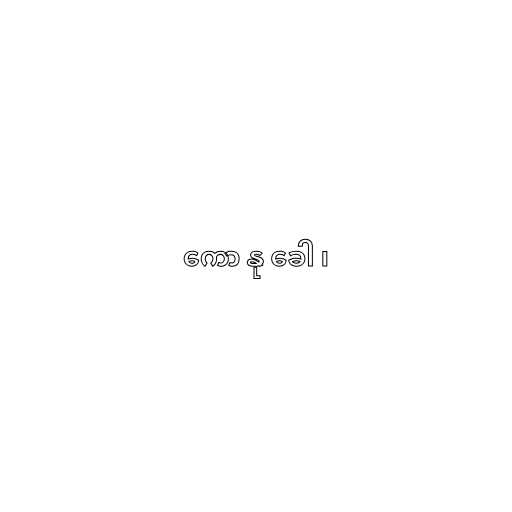
ကော နု ခေါ ၊